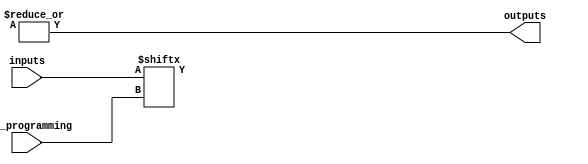
module GPAL #(
    parameter NUM_INPUTS = 4, // Number of inputs (A, B, C, D, ...)
    parameter NUM_AND_GATES = 4, // Number of programmable AND gates
    parameter NUM_OUTPUTS = 1 // Number of outputs (Y1, Y2, ...)
)(
    input wire [NUM_INPUTS-1:0] inputs, // Input signals
    input wire [NUM_AND_GATES-1:0] and_programming, // Programming signals for AND gates
    output wire [NUM_OUTPUTS-1:0] outputs // Output signals
);

// Internal signals for AND gate outputs
wire [NUM_AND_GATES-1:0] and_outputs;

// Programmable AND Array
genvar i, j;
generate
    for (i = 0; i < NUM_AND_GATES; i = i + 1) begin : and_gate
        // Each AND gate is programmed based on the and_programming signal
        assign and_outputs[i] = &({inputs[and_programming[i*NUM_INPUTS +: NUM_INPUTS]]});
    end
endgenerate

// Fixed OR Array
// For simplicity, we will implement a single output that ORs all AND gate outputs
assign outputs[0] = |and_outputs; // ORing all AND gate outputs for a single output

endmodule